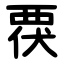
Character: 覄